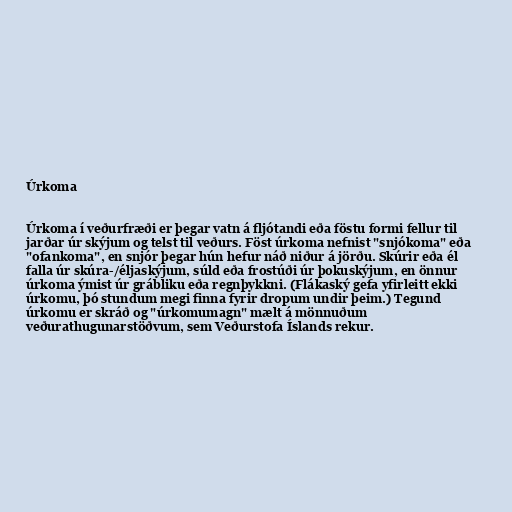
Úrkoma

Úrkoma í veðurfræði er þegar vatn á fljótandi eða föstu formi fellur til
jarðar úr skýjum og telst til veðurs. Föst úrkoma nefnist "snjókoma" eða
"ofankoma", en snjór þegar hún hefur náð niður á jörðu. Skúrir eða él
falla úr skúra-/éljaskýjum, súld eða frostúði úr þokuskýjum, en önnur
úrkoma ýmist úr grábliku eða regnþykkni. (Flákaský gefa yfirleitt ekki
úrkomu, þó stundum megi finna fyrir dropum undir þeim.) Tegund
úrkomu er skráð og "úrkomumagn" mælt á mönnuðum
veðurathugunarstöðvum, sem Veðurstofa Íslands rekur.